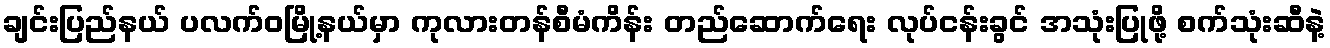
ချင်းပြည်နယ် ပလက်ဝမြို့နယ်မှာ ကုလားတန်စီမံကိန်း တည်ဆောက်ရေး လုပ်ငန်းခွင် အသုံးပြုဖို့ စက်သုံးဆီနဲ့